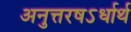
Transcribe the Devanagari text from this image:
अनुत्तरषऽर्धार्थ